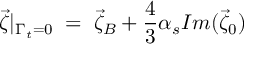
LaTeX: \vec { \zeta } | _ { \Gamma _ { t } = 0 } \; = \; \vec { \zeta } _ { B } + \frac { 4 } { 3 } \alpha _ { s } I m ( \vec { \zeta } _ { 0 } )